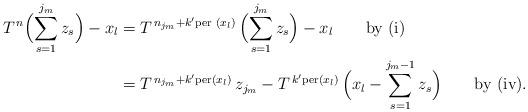
LaTeX: \begin{align*} T^{\,n}\Bigl(\sum_{s=1}^{j_{m}}z_{s}\Bigr)-x_{l}&=T^{\,n_{j_{m}}+k'\textrm{per }(x_{l})}\,\Bigl(\sum_{s=1}^{j_{m}}z_{s} \Bigr)-x_{l}\qquad\hbox{by (i)}\\&=T^{\,n_{j_{m}}+k'\textrm{per}(x_{l})}\,z_{j_{m}}-T^{\,k'\textrm{per}(x_{l} ) }\,\Bigl(x_{l}-\sum_{s=1}^{j_{m}-1}z_{s}\Bigr)\qquad\hbox{by (iv).}\end{align*}